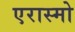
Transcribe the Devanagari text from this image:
एरास्मो